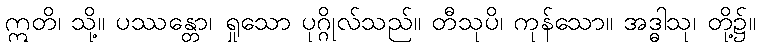
ဣတိ၊ သို့။ ပဿန္တော၊ ရှုသော ပုဂ္ဂိုလ်သည်။ တီသုပိ၊ ကုန်သော။ အဒ္ဓါသု၊ တို့၌။